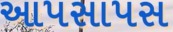
આપસાપસ